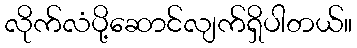
လိုက်လံပို့ဆောင်လျက်ရှိပါတယ်။